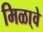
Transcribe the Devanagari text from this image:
मिळा्वे